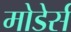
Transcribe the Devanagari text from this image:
मोडेर्स